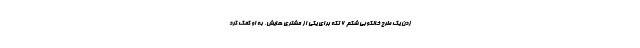
زدن یک طرح خالکوبی شکم ۶ تکه برای یکی از مشتری هایش، به او کمک کرد